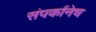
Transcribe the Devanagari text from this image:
संपर्कानेच